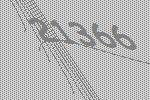
21366